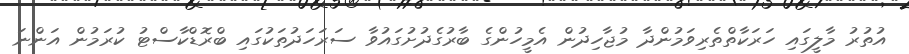
އުތުރު މާލީގައި ހަރަކާތްތެރިވަމުންދާ މުޖާހިދުން އެމީހުންގެ ބާރުގެދުށުގައުވާ ސަރަހަދުތަކުގައި ބްރޮޑްކާސްޓު ކުރަމުން އަންނަ